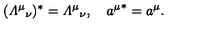
( { { \mit \Lambda } ^ { \mu } } _ { \nu } ) ^ { * } = { { \mit \Lambda } ^ { \mu } } _ { \nu } , \quad { a ^ { \mu } } ^ { * } = a ^ { \mu } .